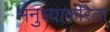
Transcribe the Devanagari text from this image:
मनुश्याकरिता